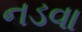
નડવા